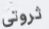
ثروتي